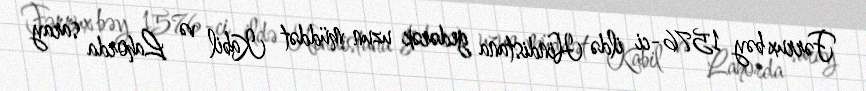
Fərrux bəy 1576-ci ildə Hindistana gedərək uzun müddət Kabil və Lahorda saray